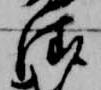
清